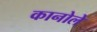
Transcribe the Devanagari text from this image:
कानोले